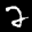
Label: 2